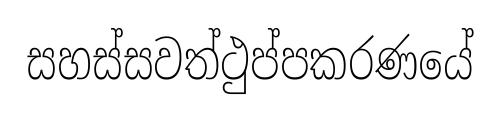
සහස්සවත්ථුප්පකරණයේ